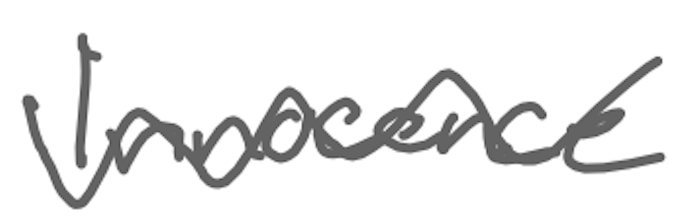
Text: Innocence
Cross-out: wave
Writing tool: digital_gray